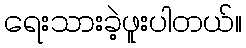
ရေးသားခဲ့ဖူးပါတယ်။